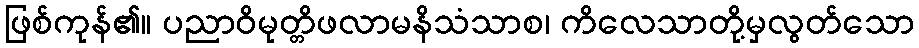
ဖြစ်ကုန်၏။ ပညာဝိမုတ္တိဖလာမနိသံသာစ၊ ကိလေသာတို့မှလွတ်သော